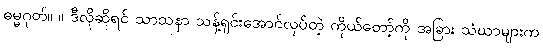
ဓမ္မဂုတ်။ ။ ဒီလိုဆိုရင် သာသနာ သန့်ရှင်းအောင်လုပ်တဲ့ ကိုယ်တော့်ကို အခြား သံဃာများက